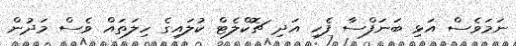
ނަމަވެސް އަޅި ބަނަފްސާ ފެހި އަދި ޗޮކްލެޓް ކުލައިގެ ހިލަތައް ވެސް މަދުން